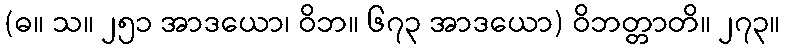
(ဓ။ သ။ ၂၅၁ အာဒယော၊ ဝိဘ။ ၆၇၃ အာဒယော) ဝိဘတ္တာတိ။ ၂၇၃။